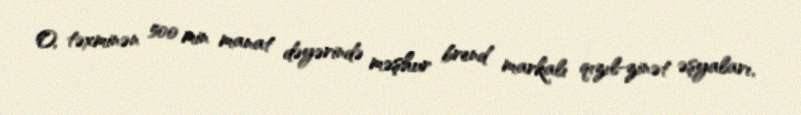
O, təxminən 500 min manat dəyərində məşhur brend markalı qızıl-zinət əşyaları,